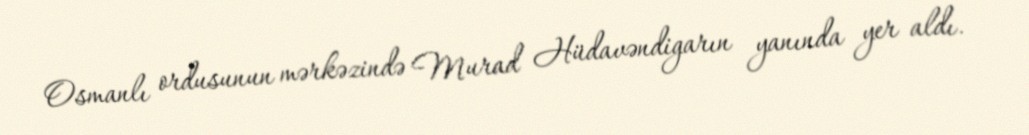
Osmanlı ordusunun mərkəzində Murad Hüdavəndigarın yanında yer aldı.